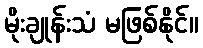
မိုးချုန်းသံ မဖြစ်နိုင်။